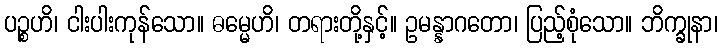
ပဉ္စဟိ၊ ငါးပါးကုန်သော။ ဓမ္မေဟိ၊ တရားတို့နှင့်။ ဥမန္နာဂတော၊ ပြည့်စုံသော။ ဘိက္ခုနာ၊